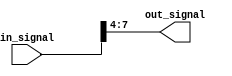
module bit_select_assign (
    input wire [31:0] in_signal,
    output reg [3:0] out_signal
);

always @* begin
    out_signal = in_signal[7:4]; // Assign bits 7 to 4 from in_signal to out_signal
end

endmodule